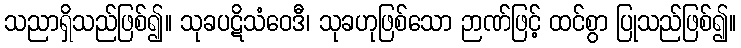
သညာရှိသည်ဖြစ်၍။ သုခပဋိသံဝေဒီ၊ သုခဟုဖြစ်သော ဉာဏ်ဖြင့် ထင်စွာ ပြုသည်ဖြစ်၍။